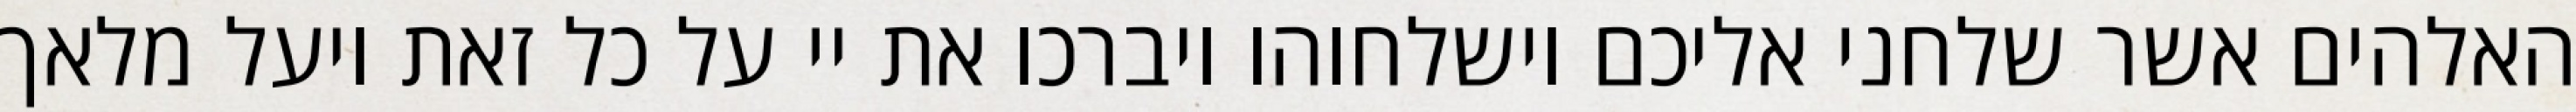
האלהים אשר שלחני אליכם וישלחוהו ויברכו את יי על כל זאת ויעל מלאך